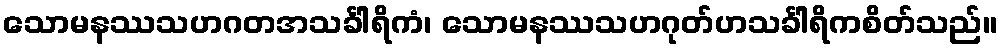
သောမနဿသဟဂတအသင်္ခါရိကံ၊ သောမနဿသဟဂုတ်ဟသင်္ခါရိကစိတ်သည်။